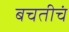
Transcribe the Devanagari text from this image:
बचतीचं